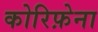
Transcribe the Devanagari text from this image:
कोरिफ़ेना